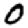
Digit: 0